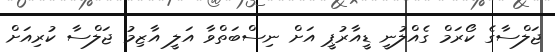
ޖަލްސާގެ ކޯރަމް ގެއްލުނީ ޑީއާރުޕީ އަށް ނިސްބަތްވާ އަލީ އާޒިމު ޖަލްސާ ކުރިއަށް